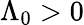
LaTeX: \Lambda_{0}>0